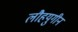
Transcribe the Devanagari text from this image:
लौहयुगीन